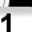
Digit: 1